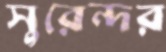
সুরেন্দর